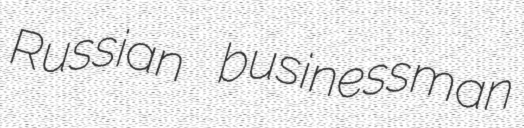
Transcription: Russian businessman